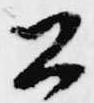
公